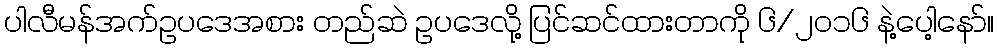
ပါလီမန်အက်ဥပဒေအစား တည်ဆဲ ဥပဒေလို့ ပြင်ဆင်ထားတာကို ၆/၂၀၁၆ နဲ့ပေါ့နော်။